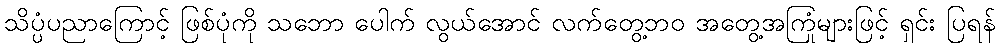
သိပ္ပံပညာကြောင့် ဖြစ်ပုံကို သဘော ပေါက် လွယ်အောင် လက်တွေ့ဘဝ အတွေ့အကြုံများဖြင့် ရှင်း ပြရန်